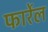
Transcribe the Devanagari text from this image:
फार्रेल